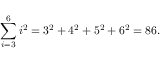
\sum _ { i = 3 } ^ { 6 } i ^ { 2 } = 3 ^ { 2 } + 4 ^ { 2 } + 5 ^ { 2 } + 6 ^ { 2 } = 8 6 .